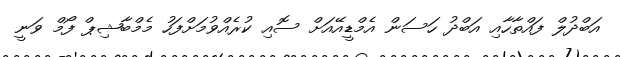
އަބްދުލް ފައްތާހާއި އަބްދު ހަސަން އެމްޑީއޭއަށް ސޮއި ކުރެއްވުމަށްފަހު މެމްބާޝިޕް ފޯމް ވަނީ